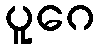
ပူဂေ